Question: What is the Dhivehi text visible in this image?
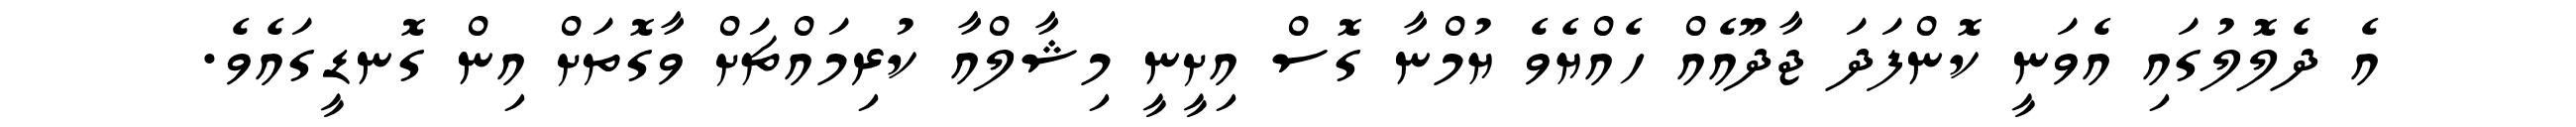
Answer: އެ ދެލޮލުގައި އެވަނީ ކޮންފަދަ ޖާދޫއެއް ހެއްޔެވެ ޔުމްނާ ގޮސް އިށީނީ މިޝާލްއާ ކުރިމައްޗަށް ވާގޮތަށް އިން ގޮނޑީގައެވެ.